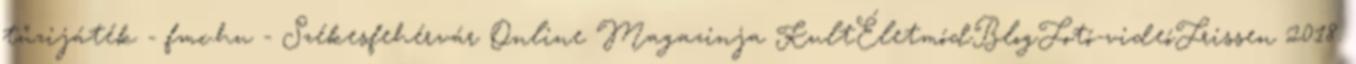
tűzijáték - fmc.hu - Székesfehérvár Online Magazinja KultÉletmódBlogFotó-videóFrissen 2018.